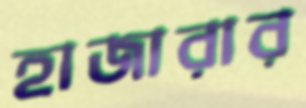
হাজারার